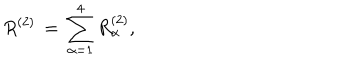
LaTeX: R ^ { ( 2 ) } \, = \, \sum _ { \alpha = 1 } ^ { 4 } R _ { \alpha } ^ { ( 2 ) } ,